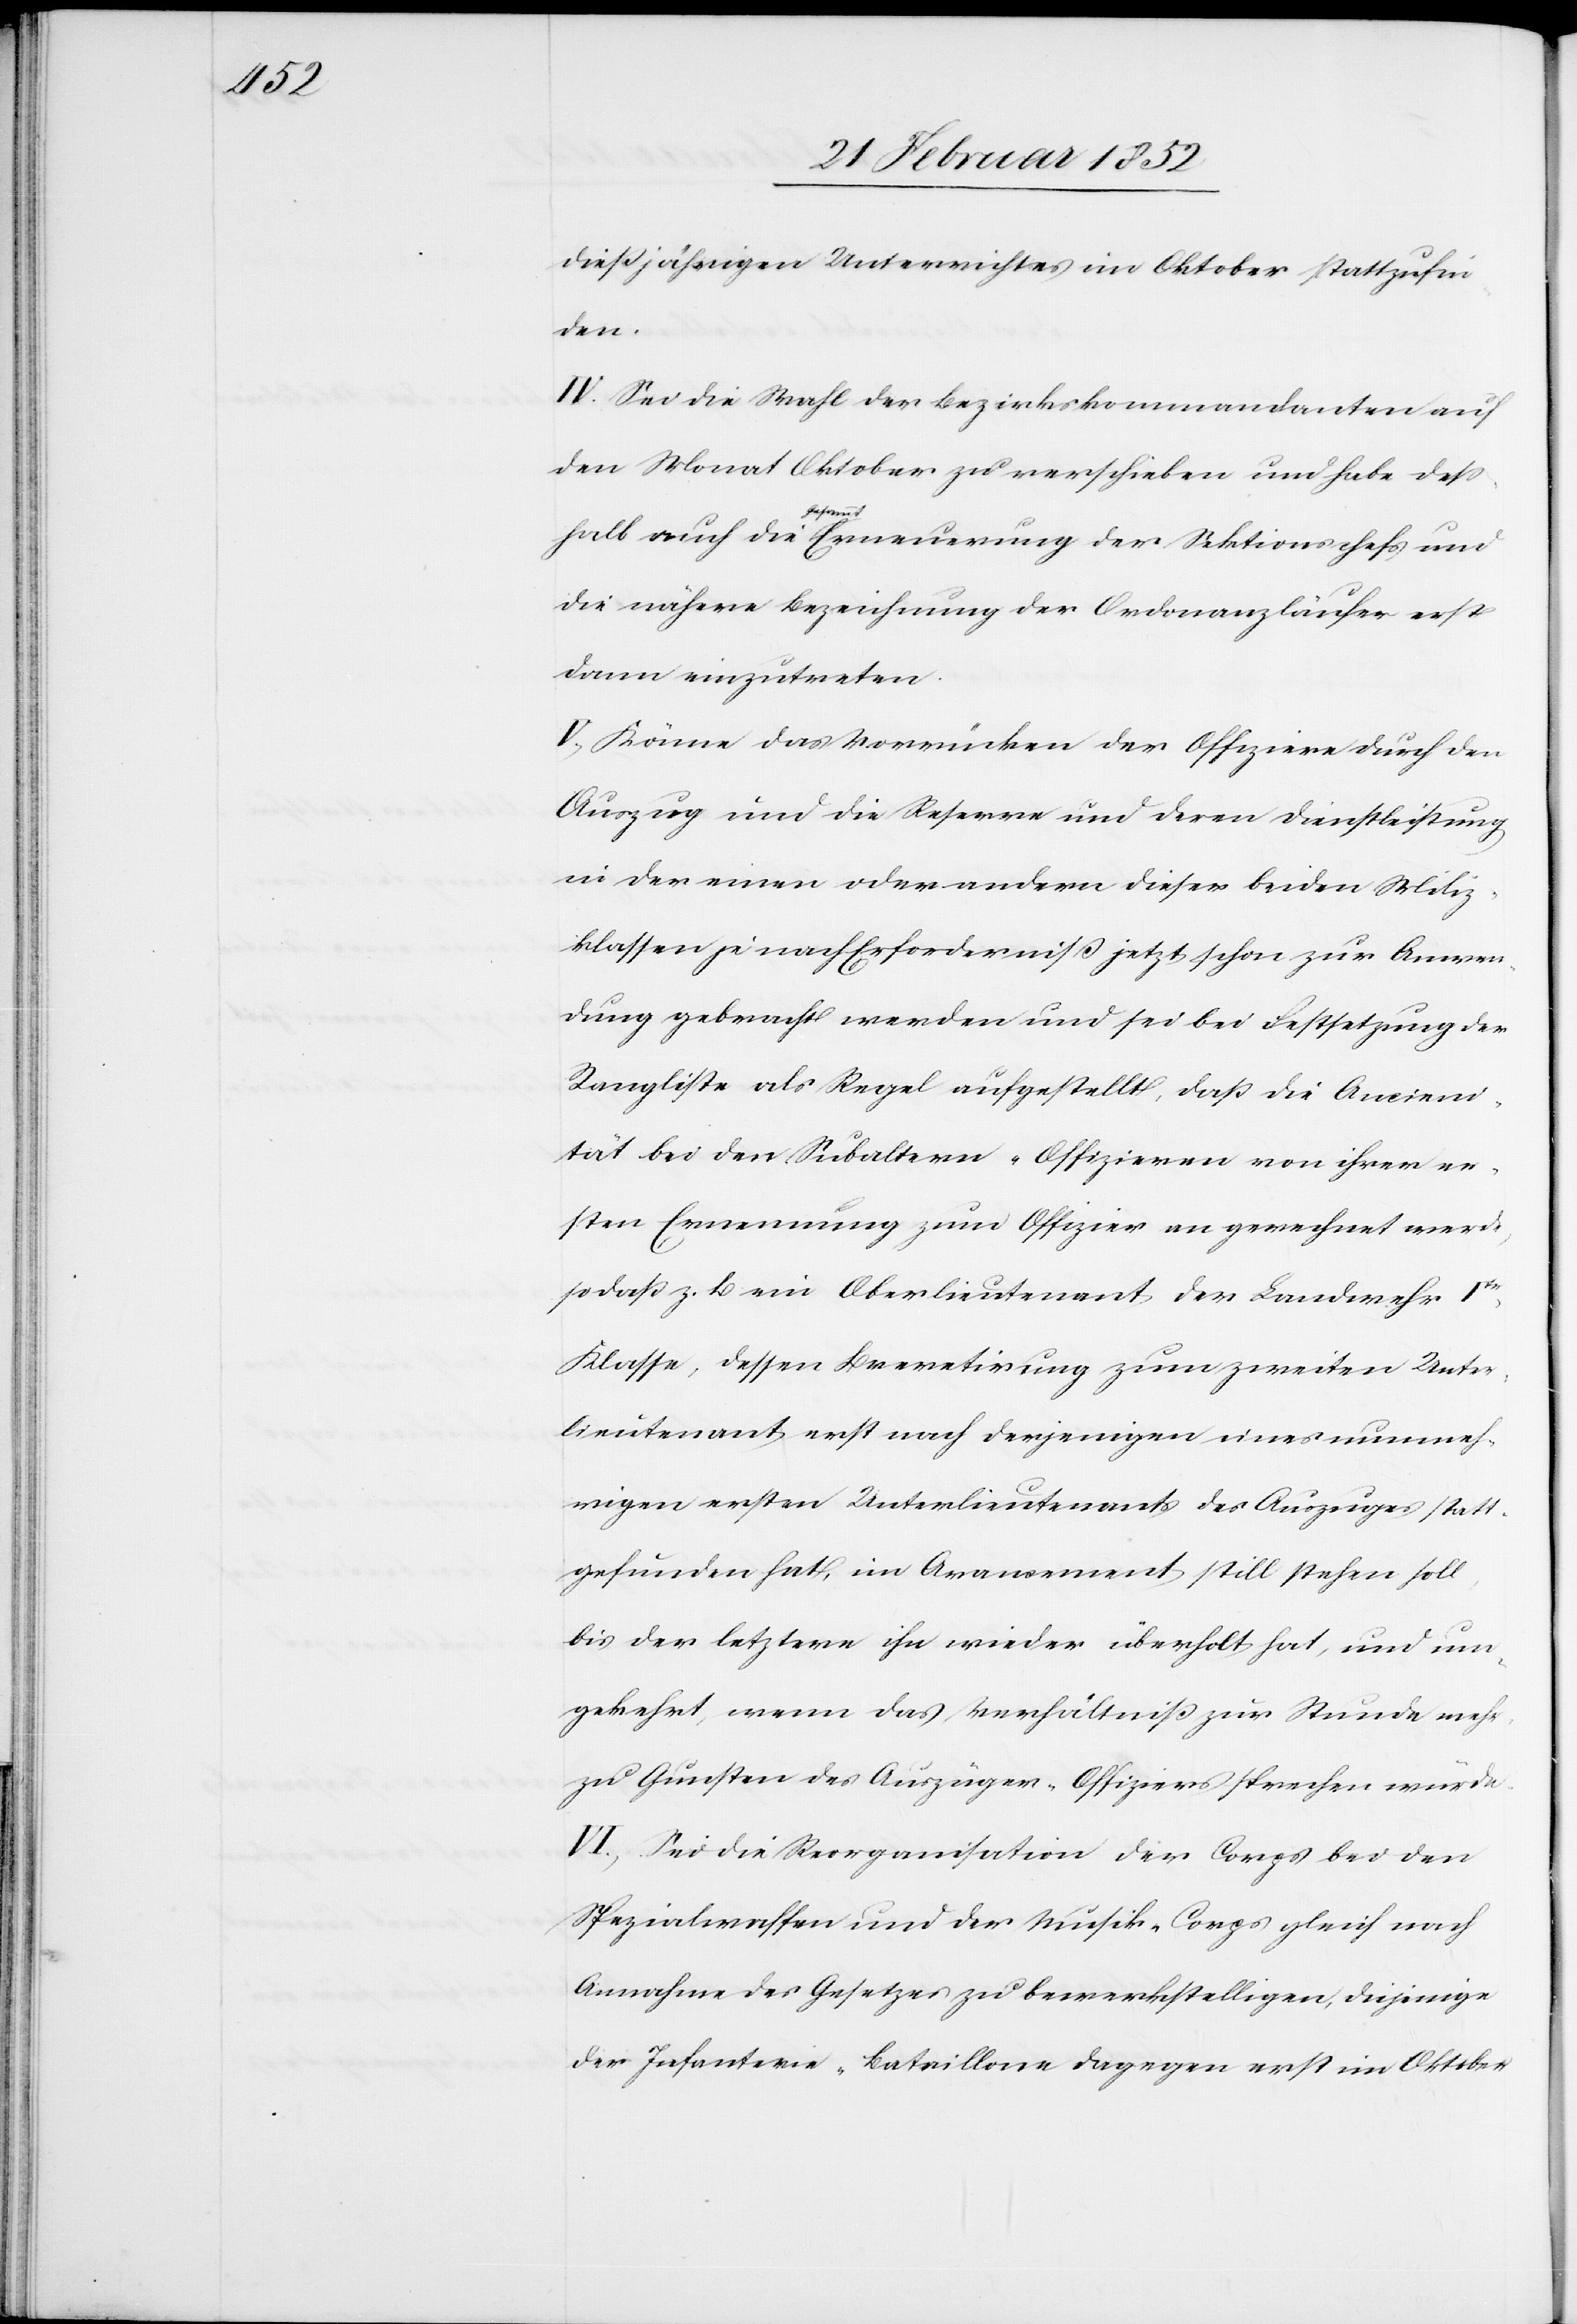
dießjährigen Unterrichtes im Oktober stattzufin¬
den.
IV. Sei die Wahl der Bezirkskommandanten auf
den Monat Oktober zu verschieben und habe deß¬
halb auch die Gesammt-Erneuerung der Sektionschefs und
die nähere Bezeichnung der Ordonanzläufer erst
dann einzutreten.
V.) Könne das Vorrücken der Offiziere durch den
Auszug und die Reserve und deren Direktleistung
in der einen oder andern dieser beiden Miliz¬
klassen je nach Erforderniß jetzt schon zur Anwen¬
dung gebracht werden und sei bei Festsetzung der
Rangliste als Regel aufgestellt, daß die Ancienni¬
tät bei den Subaltern-Offizieren von ihrer er¬
sten Ernennung zum Offizier an gerechnet werde,
so daß z. B. ein Oberlieutenant der Landwehr Ite
Klasse, dessen Brevetirung zum zweiten Unter¬
lieutenant erst nach derjenigen eines nunmeh¬
rigen ersten Unterlieutenants des Auszuges statt¬
gefunden hat, im Arancement still stehen soll,
bis der letztere ihn wieder überholt hat, und um¬
gekehrt, wenn das Verhältniß zur Stunde mehr
zu Gunsten des Auszüger-Officiers sprechen würde.
IV.) Sei die Reorganisation der Corps bei den
Spezialwaffen und der Musik-Corps gleich nach
Annahme des Gesetzes zu bewerkstelligen, diejenige
der Infanterie-Bataillone dagegen erst im Oktober.